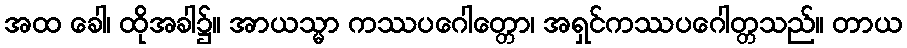
အထ ခေါ၊ ထိုအခါ၌။ အာယသ္မာ ကဿပဂေါတ္တော၊ အရှင်ကဿပဂေါတ္တသည်။ တာယ